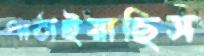
পাঠাইয়াছিস